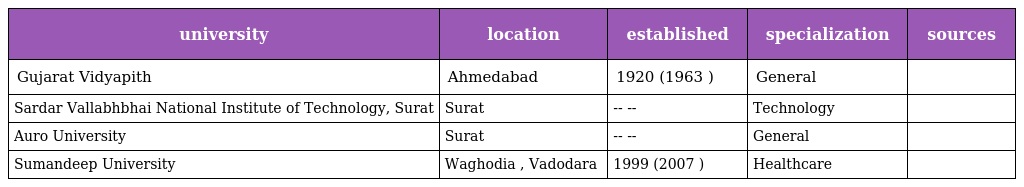
| university | location | established | specialization | sources |
 | --- | --- | --- | --- | --- |
 | Gujarat Vidyapith | Ahmedabad | 1920 (1963 ) | General |  |
 | Sardar Vallabhbhai National Institute of Technology, Surat | Surat | -- -- | Technology |  |
 | Auro University | Surat | -- -- | General |  |
 | Sumandeep University | Waghodia , Vadodara | 1999 (2007 ) | Healthcare |  |